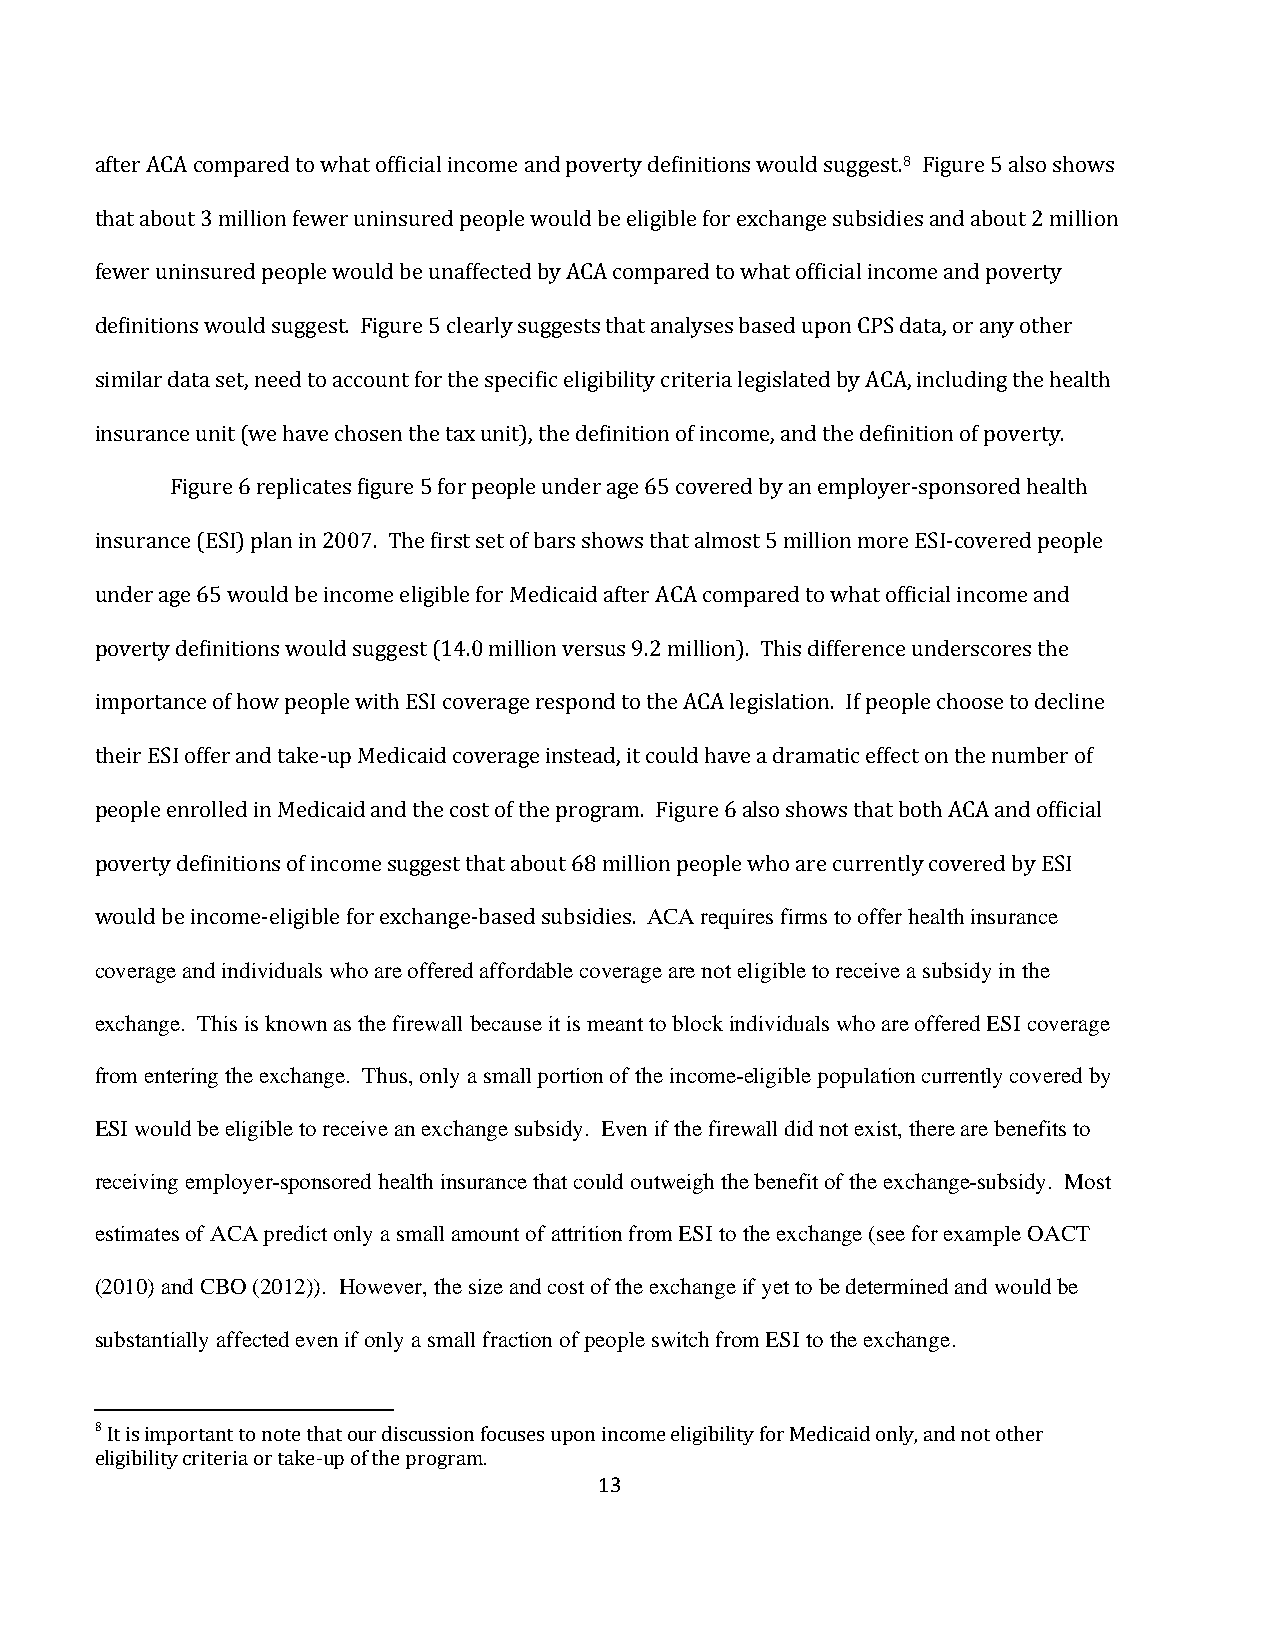
8
 after ACA compared to what official income and poverty definitions would suggest. Figure 5 also shows
 that about 3 million fewer uninsured people would be eligible for exchange subsidies and about 2 million
 fewer uninsured people would be unaffected by ACA compared to what official income and poverty
 definitions would suggest. Figure 5 clearly suggests that analyses based upon CPS data, or any other
 similar data set, need to account for the specific eligibility criteria legislated by ACA, including the health
 insurance unit (we have chosen the tax unit), the definition of income, and the definition of poverty.
 Figure 6 replicates figure 5 for people under age 65 covered by an employer-sponsored health
 insurance (ESI) plan in 2007. The first set of bars shows that almost 5 million more ESI-covered people
 under age 65 would be income eligible for Medicaid after ACA compared to what official income and
 poverty definitions would suggest (14.0 million versus 9.2 million). This difference underscores the
 importance of how people with ESI coverage respond to the ACA legislation. If people choose to decline
 their ESI offer and take-up Medicaid coverage instead, it could have a dramatic effect on the number of
 people enrolled in Medicaid and the cost of the program. Figure 6 also shows that both ACA and official
 poverty definitions of income suggest that about 68 millioAnC pAe orepqluei wrehs ofi ramres ctou rorfefnert lhye caoltvhe irnesdu rbayn cEeS I
 cwoovuelrdag bee a inndc oinmdeiv-iedliugailbsl ew fhoor aerxec ohfafenrgeed- bafafsoerdd asbulbe sciodvieesra. g e are not eligible to receive a subsidy in the
 exchange. This is known as the firewall because it is meant to block individuals who are offered ESI coverage
 from entering the exchange. Thus, only a small portion of the income-eligible population currently covered by
 ESI would be eligible to receive an exchange subsidy. Even if the firewall did not exist, there are benefits to
 receiving employer-sponsored health insurance that could outweigh the benefit of the exchange-subsidy. Most
 estimates of ACA predict only a small amount of attrition from ESI to the exchange (see for example OACT
 (2010) and CBO (2012)). However, the size and cost of the exchange if yet to be determined and would be
 substantially affected even if only a small fraction of people switch from ESI to the exchange.
 8
 It is important to note that our discussion focuses upon 1in3c ome eligibility for Medicaid only, and not other
 eligibility criteria or take-up of the program.